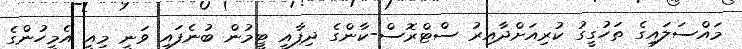
މައްސަލައިގެ ތަހުގީގު ކުރިއަށްދާއިރު ސްޓްރޮސް-ކާންގެ ދިފާއީ ޓީމުން ބުނެފައި ވަނީ މިއީ އެމީހުންގެ